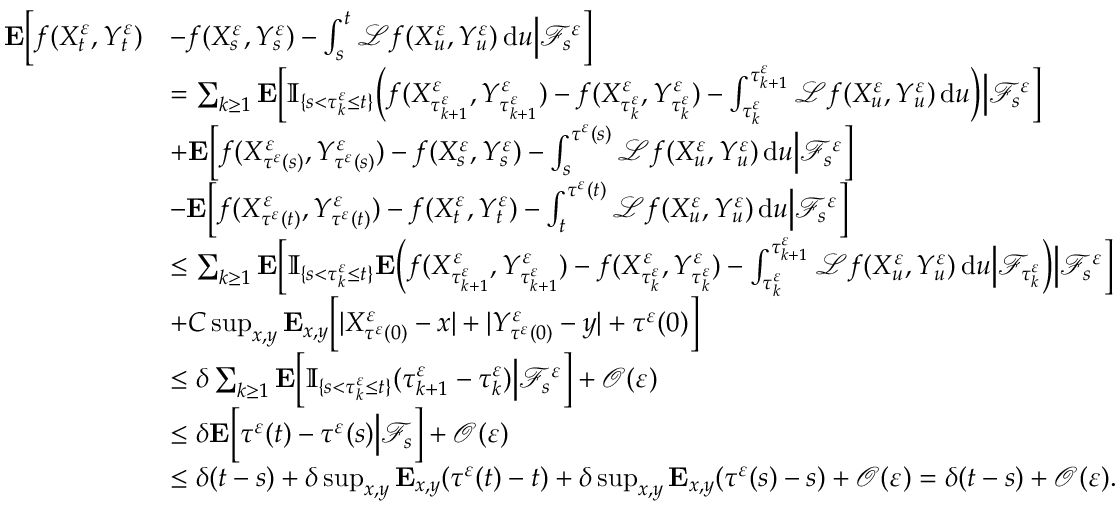
\begin{array} { r l } { \mathbf { E } \Big [ f ( X _ { t } ^ { \varepsilon } , Y _ { t } ^ { \varepsilon } ) } & { - f ( X _ { s } ^ { \varepsilon } , Y _ { s } ^ { \varepsilon } ) - \int _ { s } ^ { t } \mathcal { L } f ( X _ { u } ^ { \varepsilon } , Y _ { u } ^ { \varepsilon } ) \, \mathrm { d } u \Big | \mathscr { F } _ { s } ^ { \varepsilon } \Big ] } \\ & { = \sum _ { k \geq 1 } \mathbf { E } \Big [ \mathbb { I } _ { \{ s < \tau _ { k } ^ { \varepsilon } \leq t \} } \Big ( f ( X _ { \tau _ { k + 1 } ^ { \varepsilon } } ^ { \varepsilon } , Y _ { \tau _ { k + 1 } ^ { \varepsilon } } ^ { \varepsilon } ) - f ( X _ { \tau _ { k } ^ { \varepsilon } } ^ { \varepsilon } , Y _ { \tau _ { k } ^ { \varepsilon } } ^ { \varepsilon } ) - \int _ { \tau _ { k } ^ { \varepsilon } } ^ { \tau _ { k + 1 } ^ { \varepsilon } } \mathcal { L } f ( X _ { u } ^ { \varepsilon } , Y _ { u } ^ { \varepsilon } ) \, \mathrm { d } u \Big ) \Big | \mathscr { F } _ { s } ^ { \varepsilon } \Big ] } \\ & { + \mathbf { E } \Big [ f ( X _ { \tau ^ { \varepsilon } ( s ) } ^ { \varepsilon } , Y _ { \tau ^ { \varepsilon } ( s ) } ^ { \varepsilon } ) - f ( X _ { s } ^ { \varepsilon } , Y _ { s } ^ { \varepsilon } ) - \int _ { s } ^ { { \tau ^ { \varepsilon } ( s ) } } \mathcal { L } f ( X _ { u } ^ { \varepsilon } , Y _ { u } ^ { \varepsilon } ) \, \mathrm { d } u \Big | \mathscr { F } _ { s } ^ { \varepsilon } \Big ] } \\ & { - \mathbf { E } \Big [ f ( X _ { \tau ^ { \varepsilon } ( t ) } ^ { \varepsilon } , Y _ { \tau ^ { \varepsilon } ( t ) } ^ { \varepsilon } ) - f ( X _ { t } ^ { \varepsilon } , Y _ { t } ^ { \varepsilon } ) - \int _ { t } ^ { { \tau ^ { \varepsilon } ( t ) } } \mathcal { L } f ( X _ { u } ^ { \varepsilon } , Y _ { u } ^ { \varepsilon } ) \, \mathrm { d } u \Big | \mathscr { F } _ { s } ^ { \varepsilon } \Big ] } \\ & { \leq \sum _ { k \geq 1 } \mathbf { E } \Big [ \mathbb { I } _ { \{ s < \tau _ { k } ^ { \varepsilon } \leq t \} } \mathbf { E } \Big ( f ( X _ { \tau _ { k + 1 } ^ { \varepsilon } } ^ { \varepsilon } , Y _ { \tau _ { k + 1 } ^ { \varepsilon } } ^ { \varepsilon } ) - f ( X _ { \tau _ { k } ^ { \varepsilon } } ^ { \varepsilon } , Y _ { \tau _ { k } ^ { \varepsilon } } ^ { \varepsilon } ) - \int _ { \tau _ { k } ^ { \varepsilon } } ^ { \tau _ { k + 1 } ^ { \varepsilon } } \mathcal { L } f ( X _ { u } ^ { \varepsilon } , Y _ { u } ^ { \varepsilon } ) \, \mathrm { d } u \Big | \mathscr { F } _ { \tau _ { k } ^ { \varepsilon } } \Big ) \Big | \mathscr { F } _ { s } ^ { \varepsilon } \Big ] } \\ & { + C \operatorname* { s u p } _ { x , y } \mathbf { E } _ { x , y } \Big [ | X _ { \tau ^ { \varepsilon } ( 0 ) } ^ { \varepsilon } - x | + | Y _ { \tau ^ { \varepsilon } ( 0 ) } ^ { \varepsilon } - y | + \tau ^ { \varepsilon } ( 0 ) \Big ] } \\ & { \leq \delta \sum _ { k \geq 1 } \mathbf { E } \Big [ \mathbb { I } _ { \{ s < \tau _ { k } ^ { \varepsilon } \leq t \} } ( \tau _ { k + 1 } ^ { \varepsilon } - \tau _ { k } ^ { \varepsilon } ) \Big | \mathscr { F } _ { s } ^ { \varepsilon } \Big ] + \mathcal { O } ( \varepsilon ) } \\ & { \leq \delta \mathbf { E } \Big [ \tau ^ { \varepsilon } ( t ) - \tau ^ { \varepsilon } ( s ) \Big | \mathscr { F } _ { s } \Big ] + \mathcal { O } ( \varepsilon ) } \\ & { \leq \delta ( t - s ) + \delta \operatorname* { s u p } _ { x , y } \mathbf { E } _ { x , y } ( \tau ^ { \varepsilon } ( t ) - t ) + \delta \operatorname* { s u p } _ { x , y } \mathbf { E } _ { x , y } ( \tau ^ { \varepsilon } ( s ) - s ) + \mathcal { O } ( \varepsilon ) = \delta ( t - s ) + \mathcal { O } ( \varepsilon ) . } \end{array}